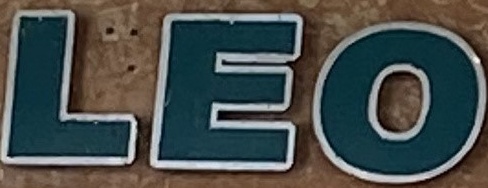
LEO